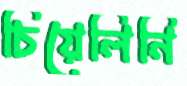
চিয়েলিনি